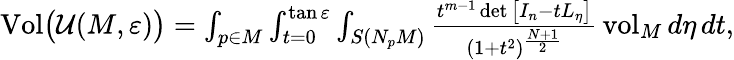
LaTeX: \begin{array}{r}{\mathrm{Vol}\bigl(\mathcal{U}(M,\varepsilon)\bigr)=\int_{p\in M}\int_{t=0}^{\tan\varepsilon}\int_{S(N_{p}M)}\frac{t^{m-1}\operatorname*{det}\big[I_{n}-tL_{\eta}\big]}{(1+t^{2})^{\frac{N+1}{2}}}\, \mathrm{vol}_{M}\, d\eta\, dt,}\end{array}